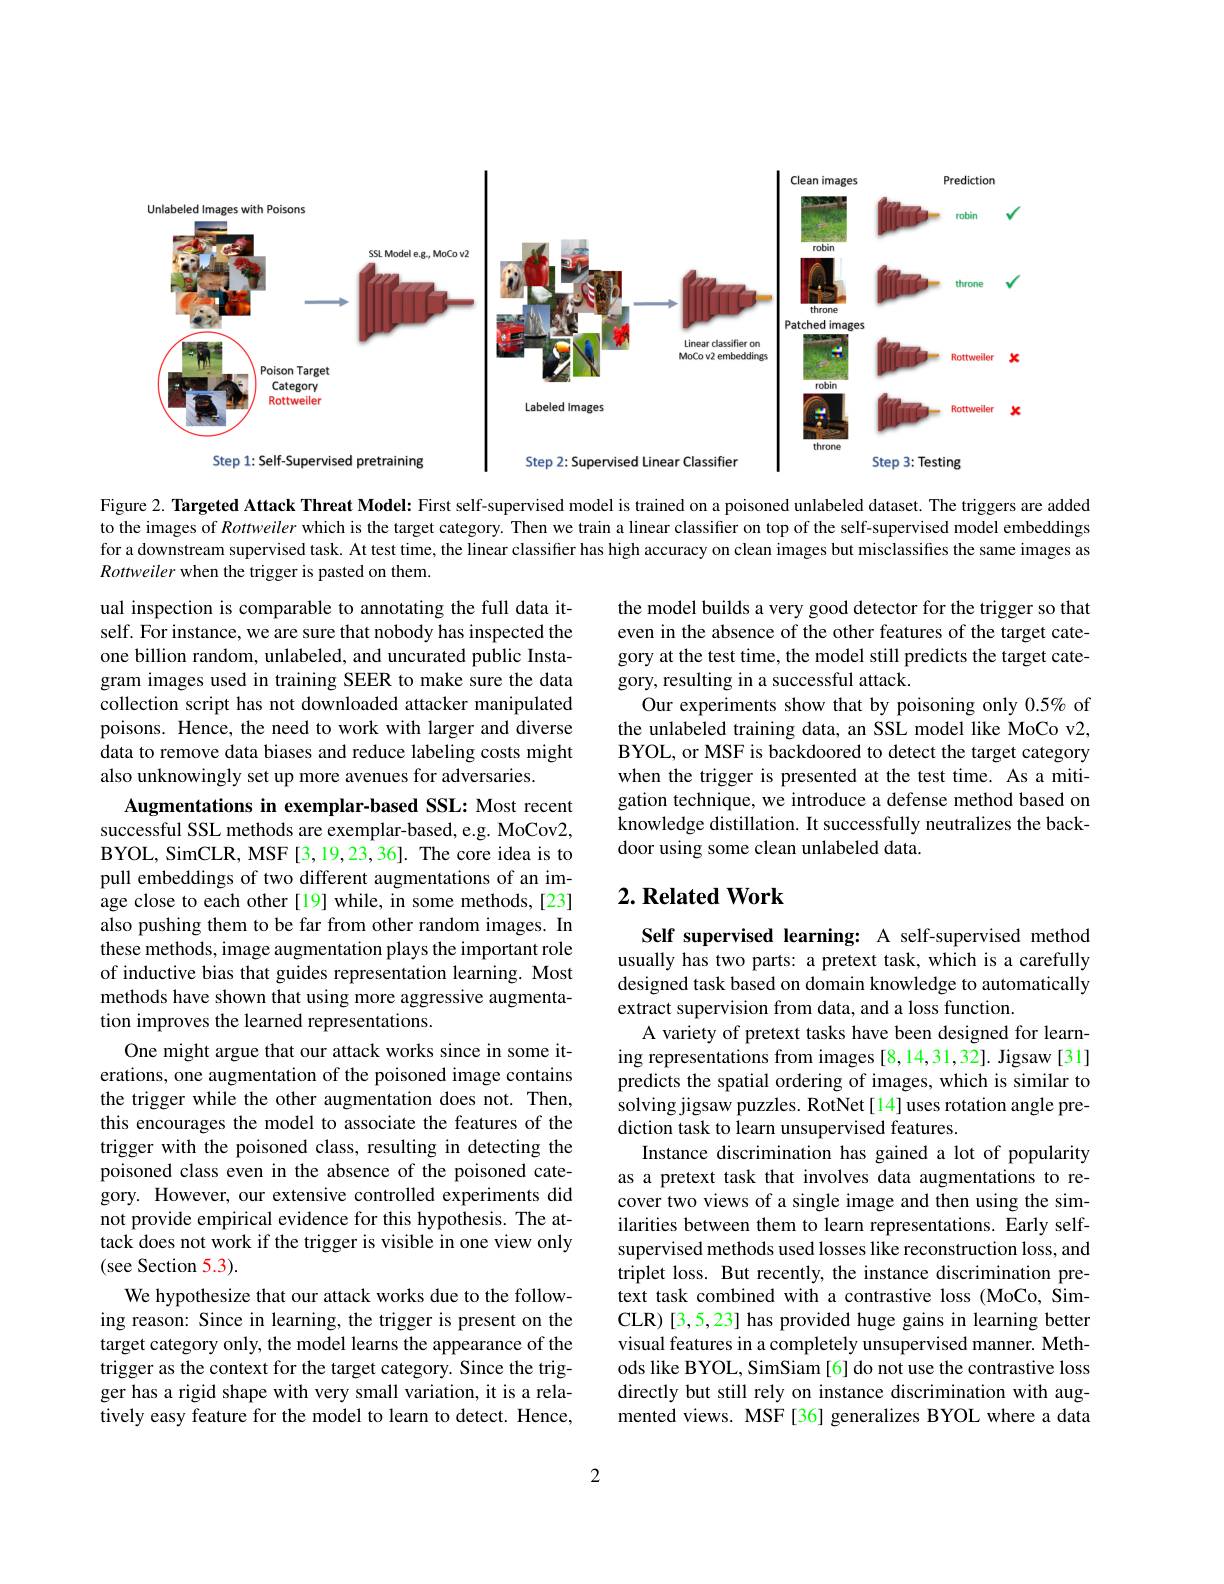
<FigureHere>

Figure 2. Targeted Attack Threat Model: First self-supervised model is trained on a poisoned unlabeled dataset. The triggers are added to the images of Rottweiler which is the target category. Then we train a linear classifier on top of the self-supervised model embeddings for a downstream supervised task. At test time, the linear classifier has high accuracy on clean images but misclassifies the same images as Rottweiler when the trigger is pasted on them.

ual inspection is comparable to annotating the full data itself. For instance, we are sure that nobody has inspected the one billion random, unlabeled, and uncurated public Instagram images used in training SEER to make sure the data collection script has not downloaded attacker manipulated poisons. Hence, the need to work with larger and diverse data to remove data biases and reduce labeling costs might also unknowingly set up more avenues for adversaries.

the model builds a very good detector for the trigger so that even in the absence of the other features of the target category at the test time, the model still predicts the target category, resulting in a successful attack.
Our experiments show that by poisoning only $0.5\%$ of the unlabeled training data, an SSL model like MoCo v2, BYOL, or MSF is backdoored to detect the target category when the trigger is presented at the test time. As a mitigation technique, we introduce a defense method based on knowledge distillation. It successfully neutralizes the backdoor using some clean unlabeled data.

## $2. \textbf{Related Work}$

Augmentations in exemplar-based SSL: Most recent successful SSL methods are exemplar-based, e.g. MoCov2, BYOL, SimCLR, MSF[3,19,23,36]. The core idea is to pull embeddings of two different augmentations of an image close to each other [19] while, in some methods, [23] also pushing them to be far from other random images. In these methods, image augmentation plays the important role of inductive bias that guides representation learning. Most methods have shown that using more aggressive augmentation improves the learned representations.
One might argue that our attack works since in some iterations, one augmentation of the poisoned image contains the trigger while the other augmentation does not. Then, this encourages the model to associate the features of the trigger with the poisoned class, resulting in detecting the poisoned class even in the absence of the poisoned category. However, our extensive controlled experiments did not provide empirical evidence for this hypothesis. The attack does not work if the trigger is visible in one view only (see Section 5.3).
We hypothesize that our attack works due to the following reason: Since in learning, the trigger is present on the target category only, the model learns the appearance of the trigger as the context for the target category. Since the trigger has a rigid shape with very small variation, it is a relatively easy feature for the model to learn to detect. Hence,

Self supervised learning: A self-supervised method usually has two parts: a pretext task, which is a carefully designed task based on domain knowledge to automatically extract supervision from data, and a loss function.
A variety of pretext tasks have been designed for learning representations from images [8,14,31,32]. Jigsaw [31] predicts the spatial ordering of images, which is similar to solving jigsaw puzzles. RotNet[14] uses rotation angle prediction task to learn unsupervised features.
Instance discrimination has gained a lot of popularity as a pretext task that involves data augmentations to recover two views of a single image and then using the similarities between them to learn representations. Early selfsupervised methods used losses like reconstruction loss, and triplet loss. But recently, the instance discrimination pretext task combined with a contrastive loss (MoCo, SimCLR) [3,5,23] has provided huge gains in learning better visual features in a completely unsupervised manner. Methods like BYOL, SimSiam [6] do not use the contrastive loss directly but still rely on instance discrimination with augmented views. MSF[36] generalizes BYOL where a data

2